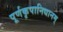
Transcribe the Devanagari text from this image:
पूर्णकृपानिधानम्